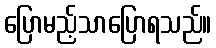
ပြောမည့်သာပြောရသည်။